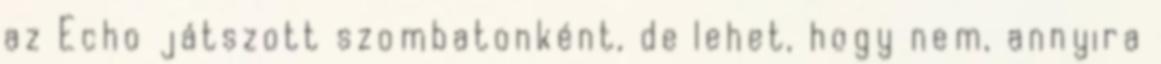
az Echo játszott szombatonként, de lehet, hogy nem, annyira